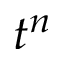
t ^ { n }